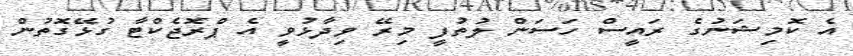
އެ ކޮމިޝަނުގެ ރައީސް ހަސަން ލުތުފީ މިރޭ ވިދާޅުވީ އެ ޕްރޮޖެކްޓާ ގުޅޭގޮތުން